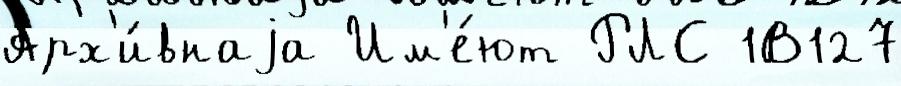
Арх'и́внаjа Им'е́ют РЛС 1В127